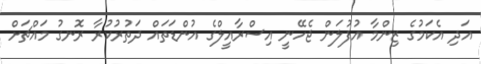
އަދި އެކަމުގެ ޒިންމާ އުފުލަން ޖެހޭނީ އިސްރާއީލްގެ އުންޑަތައް ދަތުރުކުރާ ރޮނގު މައްޗަށް